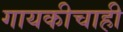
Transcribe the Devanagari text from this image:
गायकीचाही